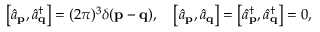
\left[ { \hat { a } } _ { \mathbf { p } } , { \hat { a } } _ { \mathbf { q } } ^ { \dagger } \right] = ( 2 \pi ) ^ { 3 } \delta ( \mathbf { p } - \mathbf { q } ) , \quad \left[ { \hat { a } } _ { \mathbf { p } } , { \hat { a } } _ { \mathbf { q } } \right] = \left[ { \hat { a } } _ { \mathbf { p } } ^ { \dagger } , { \hat { a } } _ { \mathbf { q } } ^ { \dagger } \right] = 0 ,